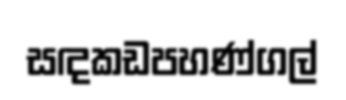
සඳකඩපහණ්ගල්